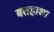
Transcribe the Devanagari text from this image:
बतहाशा